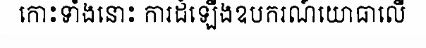
កោះទាំងនោះ ការដំឡើងឧបករណ៍យោធាលើ